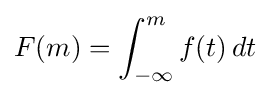
F(m)=\int _{-\infty }^{m}f(t)\,dt